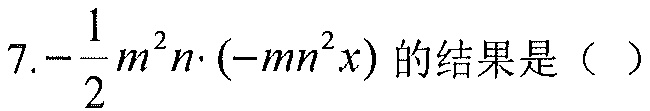
\(7.-\frac{1}{2}m^{2}n\cdot(-mn^{2}x)\)的结果是（ ）